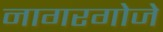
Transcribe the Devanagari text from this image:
नागरगोजे